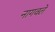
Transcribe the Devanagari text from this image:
नागवले